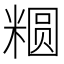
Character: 𱹕